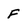
Character: F